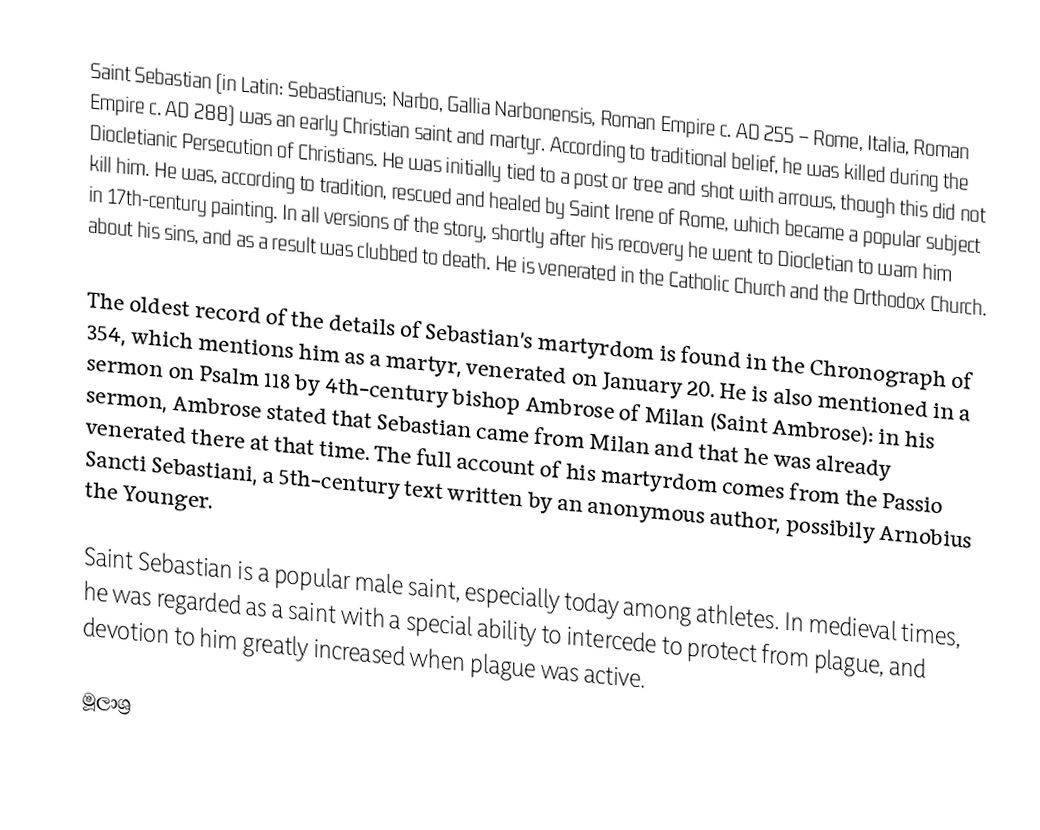
Saint Sebastian (in Latin: Sebastianus; Narbo, Gallia Narbonensis, Roman Empire c. AD 255 – Rome, Italia, Roman Empire c. AD 288) was an early Christian saint and martyr. According to traditional belief, he was killed during the Diocletianic Persecution of Christians. He was initially tied to a post or tree and shot with arrows, though this did not kill him. He was, according to tradition, rescued and healed by Saint Irene of Rome, which became a popular subject in 17th-century painting. In all versions of the story, shortly after his recovery he went to Diocletian to warn him about his sins, and as a result was clubbed to death. He is venerated in the Catholic Church and the Orthodox Church.

The oldest record of the details of Sebastian's martyrdom is found in the Chronograph of 354, which mentions him as a martyr, venerated on January 20. He is also mentioned in a sermon on Psalm 118 by 4th-century bishop Ambrose of Milan (Saint Ambrose): in his sermon, Ambrose stated that Sebastian came from Milan and that he was already venerated there at that time. The full account of his martyrdom comes from the Passio Sancti Sebastiani, a 5th-century text written by an anonymous author, possibily Arnobius the Younger.

Saint Sebastian is a popular male saint, especially today among athletes. In medieval times, he was regarded as a saint with a special ability to intercede to protect from plague, and devotion to him greatly increased when plague was active.

මූලාශ්‍ර